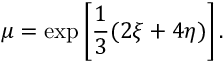
\mu = \exp \left[ \frac { 1 } { 3 } ( 2 \xi + 4 \eta ) \right] .